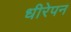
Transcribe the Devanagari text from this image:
धीरेपन